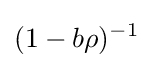
(1-b\rho )^{-1}